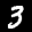
Label: 3